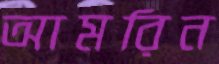
আমরিন